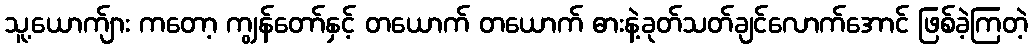
သူ့ယောက်ျား ကတော့ ကျွန်တော်နှင့် တယောက် တယောက် ဓားနဲ့ခုတ်သတ်ချင်လောက်အောင် ဖြစ်ခဲ့ကြတဲ့